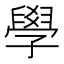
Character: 學